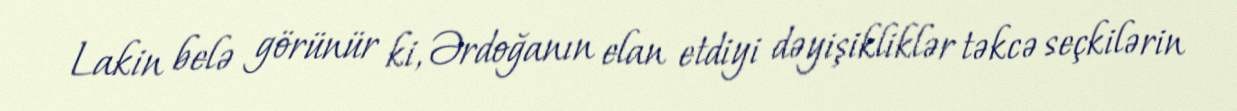
Lakin belə görünür ki, Ərdoğanın elan etdiyi dəyişikliklər təkcə seçkilərin